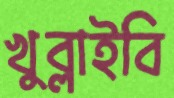
খুব্‌লাইবি